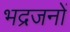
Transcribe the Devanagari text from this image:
भद्रजनों